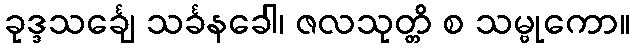
ခုဒ္ဒသင်္ချေ သင်္ခနခေါ၊ ဇလသုတ္တိ စ သမ္ဗုကော။